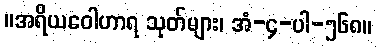
။အရိယဝေါဟာရ သုတ်များ၊ အံ-၄-ပါ-၅၆၈။